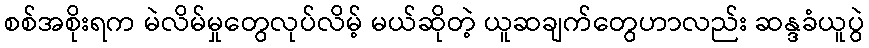
စစ်အစိုးရက မဲလိမ်မှုတွေလုပ်လိမ့် မယ်ဆိုတဲ့ ယူဆချက်တွေဟာလည်း ဆန္ဒခံယူပွဲ